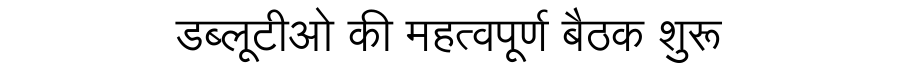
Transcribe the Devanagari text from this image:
डब्लूटीओ की महत्वपूर्ण बैठक शुरू